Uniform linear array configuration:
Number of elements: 64
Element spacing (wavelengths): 0.75
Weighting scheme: kaiser
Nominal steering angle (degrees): -45
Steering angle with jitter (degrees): -45.314
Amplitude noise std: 0.05
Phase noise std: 0.05

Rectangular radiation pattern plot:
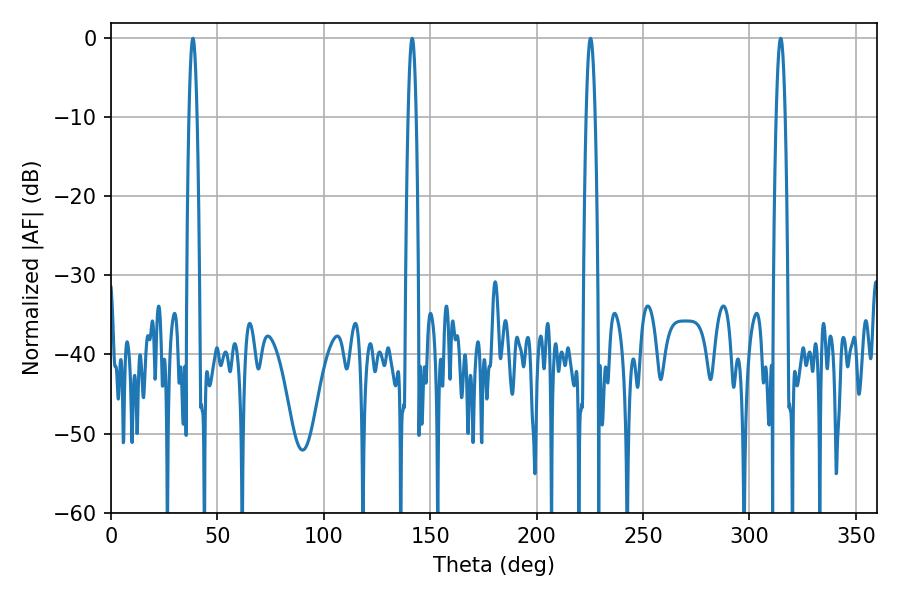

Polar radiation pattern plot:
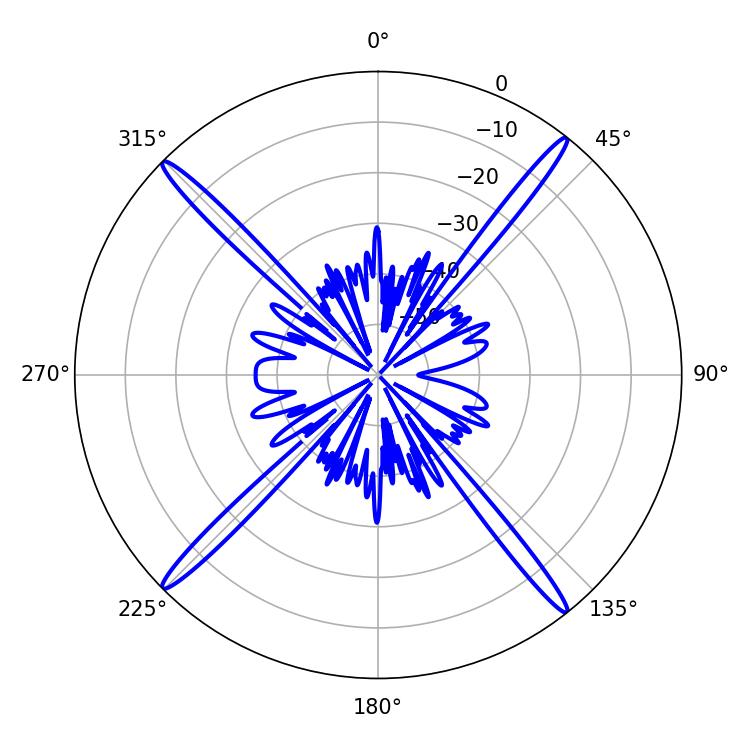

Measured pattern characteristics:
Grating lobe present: TRUE
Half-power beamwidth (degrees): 1.98
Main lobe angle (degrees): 38.52